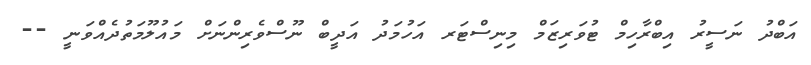
އަބްދު ނަސީރު އިބްރާހިމް ޓުވަރިޒަމް މިނިސްޓަރ އަހުމަދު އަދީބް ނޫސްވެރިންނަށް މައުލޫމަތުދެއްވަނީ --